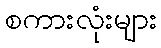
စကားလုံးများ